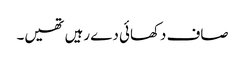
صاف دکھائی دے رہیں تھیں۔